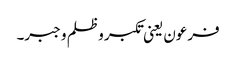
فرعون یعنی تکبر و ظلم و جبر۔